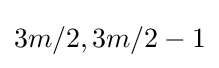
3m/2,3m/2-1